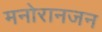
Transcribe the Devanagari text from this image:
मनोरानजन